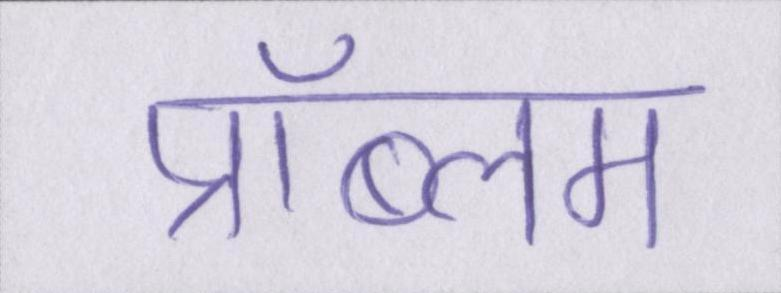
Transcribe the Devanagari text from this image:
प्रॉब्लम